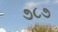
૭૮૭